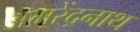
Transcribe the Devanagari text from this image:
अमरेंद्रनाथ